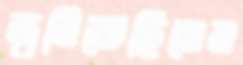
জ্বলিতেছিলেন